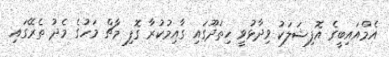
އެމްއައިބީގެ އޮފިޝަލަކު ވިދާޅުވީ ހިތަދޫގައި ގާއިމުކުރާ ގޮފި މާޗް މަހުގެ މެދު ތެރޭގައި